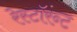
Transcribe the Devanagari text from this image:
रेस्टॉरंन्ट